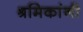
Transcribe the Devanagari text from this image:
श्रमिकांनी